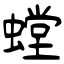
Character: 螳